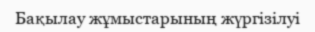
Бақылау жұмыстарының жүргізілуі